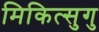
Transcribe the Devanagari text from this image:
मिकित्सुगु